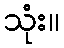
သုံး။